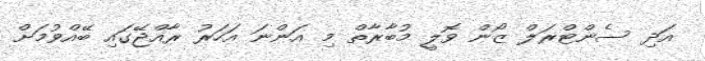
އަދި ސެންޓްރަލް ޒޯން ވޮލީ މުބާރާތް މި އަންނަ އަހަރު ރާއްޖޭގައި ބޭއްވުމަށް